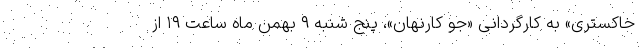
خاکستری» به کارگردانی «جو کارنهان»، پنج شنبه ۹ بهمن ماه ساعت ۱۹ از